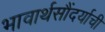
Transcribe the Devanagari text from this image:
भावार्थसौंदर्याची